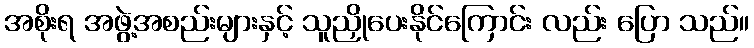
အစိုးရ အဖွဲ့အစည်းများနှင့် သူညှိုပေးနိုင်ကြောင်း လည်း ပြော သည်။